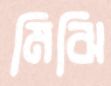
মিঝি